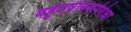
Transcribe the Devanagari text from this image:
बहुवर्षीयसर्पगंधा